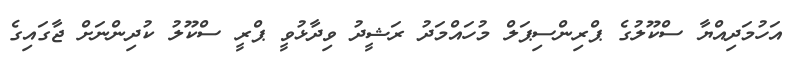
އަހުމަދިއްޔާ ސްކޫލުގެ ޕްރިންސިޕަލް މުހައްމަދު ރަޝީދު ވިދާޅުވީ ޕްރީ ސްކޫލު ކުދިންނަށް ޖާގައިގެ